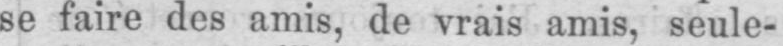
se faire des amis, de vrais amis, seule-